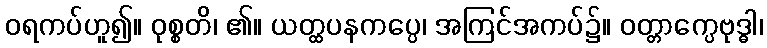
ဝရကပ်ဟူ၍။ ဝုစ္စတိ၊ ၏။ ယတ္ထပနကပ္ပေ၊ အကြင်အကပ်၌။ ဝတ္တာက္ပေဗုဒ္ဓါ၊